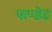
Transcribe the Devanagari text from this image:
फण्डेड